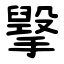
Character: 㩓